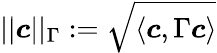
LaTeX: ||\boldsymbol{c}||_{\Gamma}:=\sqrt{\left<\boldsymbol{c},\Gamma\boldsymbol{c}\right>}